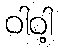
ဝါဝါ့